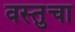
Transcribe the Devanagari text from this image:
वस्तुचा